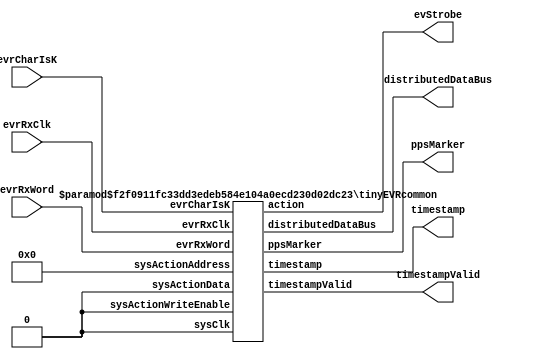
// MIT License
//
// Copyright (c) 2106 Osprey DCS
//
// Permission is hereby granted, free of charge, to any person obtaining a copy
// of this software and associated documentation files (the "Software"), to deal
// in the Software without restriction, including without limitation the rights
// to use, copy, modify, merge, publish, distribute, sublicense, and/or sell
// copies of the Software, and to permit persons to whom the Software is
// furnished to do so, subject to the following conditions:
//
// The above copyright notice and this permission notice shall be included in all
// copies or substantial portions of the Software.
//
// THE SOFTWARE IS PROVIDED "AS IS", WITHOUT WARRANTY OF ANY KIND, EXPRESS OR
// IMPLIED, INCLUDING BUT NOT LIMITED TO THE WARRANTIES OF MERCHANTABILITY,
// FITNESS FOR A PARTICULAR PURPOSE AND NONINFRINGEMENT. IN NO EVENT SHALL THE
// AUTHORS OR COPYRIGHT HOLDERS BE LIABLE FOR ANY CLAIM, DAMAGES OR OTHER
// LIABILITY, WHETHER IN AN ACTION OF CONTRACT, TORT OR OTHERWISE, ARISING FROM,
// OUT OF OR IN CONNECTION WITH THE SOFTWARE OR THE USE OR OTHER DEALINGS IN THE
// SOFTWARE.

`timescale 1ns / 1ns

////////////////////////////////////////////////////////////////////////////////
// Very small subset of MRF event receiver
// Provides time stamps, event strobes and some status markers.
module tinyEVR #(
    parameter EVSTROBE_COUNT   = 126,
    parameter DEBUG            = "false",
    parameter TIMESTAMP_WIDTH  = 64
    ) (
    input  wire                                            evrRxClk,

    (*mark_debug=DEBUG*) input                      [15:0] evrRxWord,
    (*mark_debug=DEBUG*) input                       [1:0] evrCharIsK,

    (*mark_debug=DEBUG*) output wire                       ppsMarker,
    (*mark_debug=DEBUG*) output wire                       timestampValid,
    (*mark_debug=DEBUG*) output wire [TIMESTAMP_WIDTH-1:0] timestamp,
    (*mark_debug=DEBUG*) output wire                 [7:0] distributedDataBus,
    output wire [EVSTROBE_COUNT:1]                         evStrobe);

tinyEVRcommon #(.ACTION_RAM_WIDTH(0),
                .EVSTROBE_COUNT(EVSTROBE_COUNT),
                .DEBUG(DEBUG),
                .TIMESTAMP_WIDTH(TIMESTAMP_WIDTH))
  tinyEVRcommon (
    .evrRxClk(evrRxClk),
    .evrRxWord(evrRxWord),
    .evrCharIsK(evrCharIsK),
    .ppsMarker(ppsMarker),
    .timestampValid(timestampValid),
    .timestamp(timestamp),
    .distributedDataBus(distributedDataBus),
    .action(evStrobe),
    .sysClk(1'b0),
    .sysActionWriteEnable(1'b0),
    .sysActionAddress(8'h00),
    .sysActionData(1'b0));
endmodule

////////////////////////////////////////////////////////////////////////////////
// Somewhat larger subset of MRF event receiver
// Based on more conventional lookup table
module smallEVR #(
    parameter ACTION_WIDTH    = 1,
    parameter DEBUG           = "false",
    parameter TIMESTAMP_WIDTH = 64
    ) (
    input  wire                                            evrRxClk,

    (*mark_debug=DEBUG*) input                      [15:0] evrRxWord,
    (*mark_debug=DEBUG*) input                       [1:0] evrCharIsK,

    (*mark_debug=DEBUG*) output wire                       ppsMarker,
    (*mark_debug=DEBUG*) output wire                       timestampValid,
    (*mark_debug=DEBUG*) output wire [TIMESTAMP_WIDTH-1:0] timestamp,
    (*mark_debug=DEBUG*) output wire                 [7:0] distributedDataBus,
    (*mark_debug=DEBUG*) output wire    [ACTION_WIDTH-1:0] action,

    input                    sysClk,
    input                    sysActionWriteEnable,
    input              [7:0] sysActionAddress,
    input [ACTION_WIDTH-1:0] sysActionData);

tinyEVRcommon #(.ACTION_RAM_WIDTH(ACTION_WIDTH),
                .EVSTROBE_COUNT(0),
                .DEBUG(DEBUG),
                .TIMESTAMP_WIDTH(TIMESTAMP_WIDTH))
  tinyEVRcommon (
    .evrRxClk(evrRxClk),
    .evrRxWord(evrRxWord),
    .evrCharIsK(evrCharIsK),
    .ppsMarker(ppsMarker),
    .timestampValid(timestampValid),
    .timestamp(timestamp),
    .distributedDataBus(distributedDataBus),
    .action(action),
    .sysClk(sysClk),
    .sysActionWriteEnable(sysActionWriteEnable),
    .sysActionAddress(sysActionAddress),
    .sysActionData(sysActionData));
endmodule

////////////////////////////////////////////////////////////////////////////////
// Common implementation
module tinyEVRcommon #(
    parameter ACTION_RAM_WIDTH = 0,
    parameter EVSTROBE_COUNT   = 126,
    parameter DEBUG            = "false",
    parameter TIMESTAMP_WIDTH  = 64,
    parameter ACT_MSB = ACTION_RAM_WIDTH?ACTION_RAM_WIDTH-1:EVSTROBE_COUNT,
    parameter ACT_LSB = ACTION_RAM_WIDTH?0:1
    ) (
    input  wire                                            evrRxClk,

    (*mark_debug=DEBUG*) input                      [15:0] evrRxWord,
    (*mark_debug=DEBUG*) input                       [1:0] evrCharIsK,

    (*mark_debug=DEBUG*) output wire                       ppsMarker,
    (*mark_debug=DEBUG*) output reg                        timestampValid = 0,
    (*mark_debug=DEBUG*) output wire [TIMESTAMP_WIDTH-1:0] timestamp,
    (*mark_debug=DEBUG*) output wire                 [7:0] distributedDataBus,
    output wire [ACT_MSB:ACT_LSB]                          action,

    input                                             sysClk,
    input                                             sysActionWriteEnable,
    input                                       [7:0] sysActionAddress,
    input [(ACTION_RAM_WIDTH?ACTION_RAM_WIDTH-1:0):0] sysActionData);

localparam SECONDS_WIDTH = TIMESTAMP_WIDTH/2;
localparam TICKS_WIDTH   = TIMESTAMP_WIDTH/2;
reg [SECONDS_WIDTH-1:0] tsSeconds = 0;
reg   [TICKS_WIDTH-1:0] tsTicks = 0;
assign timestamp = {tsSeconds, tsTicks};

localparam EVCODE_SHIFT_ZERO     = 8'h70;
localparam EVCODE_SHIFT_ONE      = 8'h71;
localparam EVCODE_SECONDS_MARKER = 8'h7D;

(*mark_debug=DEBUG*) reg           [SECONDS_WIDTH-1:0] shiftReg;
(*mark_debug=DEBUG*) reg [$clog2(SECONDS_WIDTH)-1:0] bitsLeft = SECONDS_WIDTH - 1;
(*mark_debug=DEBUG*) reg enoughBits = 0, tooManyBits = 0;

wire [7:0] evCode = evrRxWord[7:0];
assign distributedDataBus = evrRxWord[15:8];
wire evCodeValid = !evrCharIsK[0];

always @(posedge evrRxClk) begin
    // Update time stamp seconds and clear time stamp ticks
    // on arrival of 'pulse per second' marker event code.
    if (evCodeValid && (evCode == EVCODE_SECONDS_MARKER)) begin
        if (enoughBits && !tooManyBits) begin
            tsSeconds <= shiftReg;
            timestampValid <= 1;
        end
        else if (timestampValid) begin
            tsSeconds <= tsSeconds + 1;
        end
        tsTicks <= 0;
        bitsLeft <= SECONDS_WIDTH - 1;
        enoughBits <= 0;
        tooManyBits <= 0;
    end
    else if (tsTicks[TICKS_WIDTH-1] == 0) begin
        tsTicks <= tsTicks + 1;
    end
    else begin
        timestampValid <= 0;
    end

    // Shift in another bit of upcoming seconds
    if (evCodeValid
     && ((evCode == EVCODE_SHIFT_ZERO) || (evCode == EVCODE_SHIFT_ONE))) begin
        bitsLeft <= bitsLeft - 1;
        if (enoughBits) tooManyBits <= 1;
        if (bitsLeft == 0) enoughBits <= 1;
        shiftReg <= {shiftReg[SECONDS_WIDTH-2:0], evCode[0]};
    end
end

// Rely on the optimizer to clean out all unused event strobes
genvar e;
wire [254:1] evStrobe;
assign ppsMarker = evStrobe[EVCODE_SECONDS_MARKER];
for (e = 1 ; e <= 254 ; e = e + 1) begin : evstr
    reg evs;
    always @(posedge evrRxClk) begin
        evs <= (evCodeValid && (evCode == e));
    end
    assign evStrobe[e] = evs;
end

generate
if (ACTION_RAM_WIDTH > 0) begin
 //
 // Traditional lookup-table based actions
 //
 reg [ACTION_RAM_WIDTH-1:0] actionRAM [0:255], actionRAMQ, actionBus;
 reg ramQisValid = 0;
 always @(posedge sysClk) begin
    if (sysActionWriteEnable) begin
        actionRAM[sysActionAddress] <= sysActionData;
    end
 end
 always @(posedge evrRxClk) begin
    ramQisValid <= evCodeValid;
    actionRAMQ <= actionRAM[evCode];
    actionBus <= ramQisValid ? actionRAMQ : 0;
 end
 assign action = actionBus;
end
else begin
 //
 // Individual strobes per event
 //
 for (e = 1 ; e <= EVSTROBE_COUNT ; e = e + 1) begin : evact
    assign action[e] = evStrobe[e];
 end
end
endgenerate

endmodule